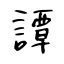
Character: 譚